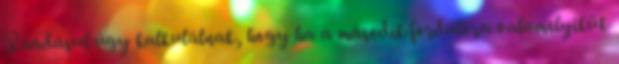
Ráadásul úgy kalkulálnak, hogy ha a második fordulóra valamelyikük